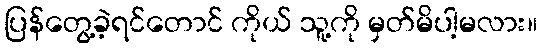
ပြန်တွေ့ခဲ့ရင်တောင် ကိုယ် သူ့ကို မှတ်မိပါ့မလား။